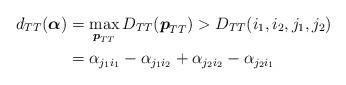
LaTeX: \begin{align*}d_{TT}(\boldsymbol{\alpha}) &= \max_{\boldsymbol{p}_{TT}} D_{TT}(\boldsymbol{p}_{TT}) > D_{TT}(i_1,i_2,j_1,j_2)\\&= \alpha_{j_1i_1}-\alpha_{j_1i_2}+\alpha_{j_2i_2}-\alpha_{j_2i_1}\end{align*}